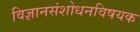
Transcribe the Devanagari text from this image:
विज्ञानसंशोधनविषयक